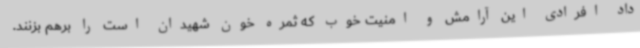
داد افرادی این آرامش و امنیت خوب که ثمره خون شهیدان است را برهم بزنند.